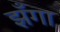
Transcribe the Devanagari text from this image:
झँगा